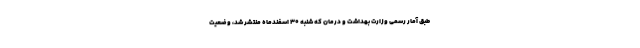
طبق آمار رسمی وزارت بهداشت و درمان که شنبه ۳۰ اسفندماه منتشر شد، وضعیت